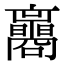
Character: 𡅟